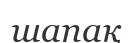
шапақ